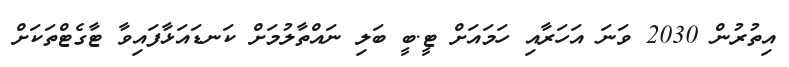
އިތުރުން 2030 ވަނަ އަހަރާއި ހަމައަށް ޓީ.ބީ ބަލި ނައްތާލުމަށް ކަނޑައަޅާފައިވާ ޓާގެޓްތަކަށް